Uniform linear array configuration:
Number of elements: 4
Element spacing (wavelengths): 0.75
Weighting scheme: uniform
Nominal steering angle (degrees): -15
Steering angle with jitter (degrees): -14.622
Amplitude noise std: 0.05
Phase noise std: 0.05

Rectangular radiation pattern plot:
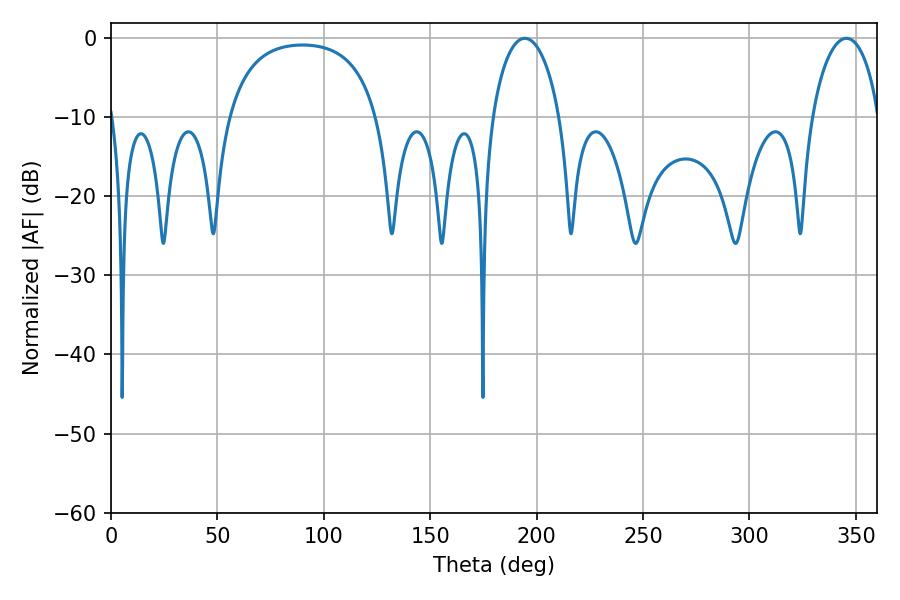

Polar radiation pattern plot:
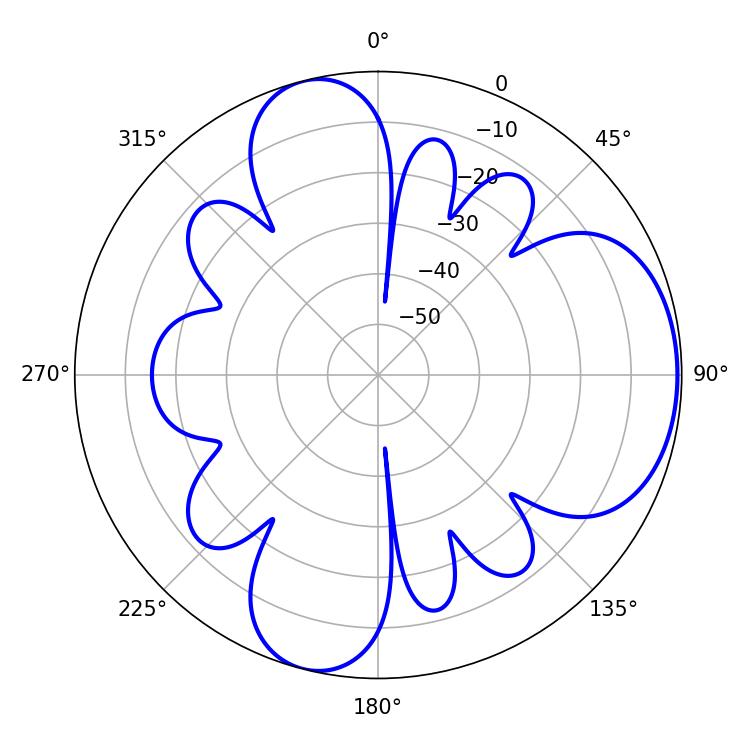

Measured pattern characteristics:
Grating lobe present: TRUE
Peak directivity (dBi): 6.295
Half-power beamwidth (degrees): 18.18
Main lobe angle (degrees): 194.4